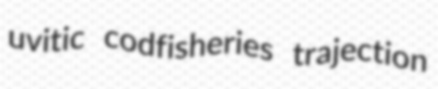
uvitic codfisheries trajection